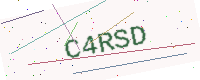
Text: C4RSD